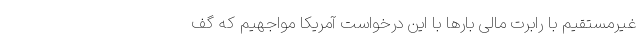
غیرمستقیم با رابرت مالی بارها با این درخواست آمریکا مواجهیم که گف